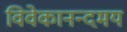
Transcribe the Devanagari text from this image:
विवेकानन्दमय